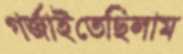
গর্জাইতেছিলাম